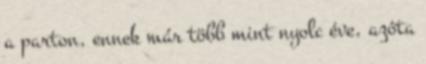
a parton, ennek már több mint nyolc éve, azóta